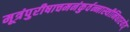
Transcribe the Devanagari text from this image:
मूत्रंपुरीषाचमनंकुर्वन्नास्थीनिधारयेत्